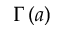
\Gamma \left( a \right)